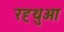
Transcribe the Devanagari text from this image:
रह्थुआ